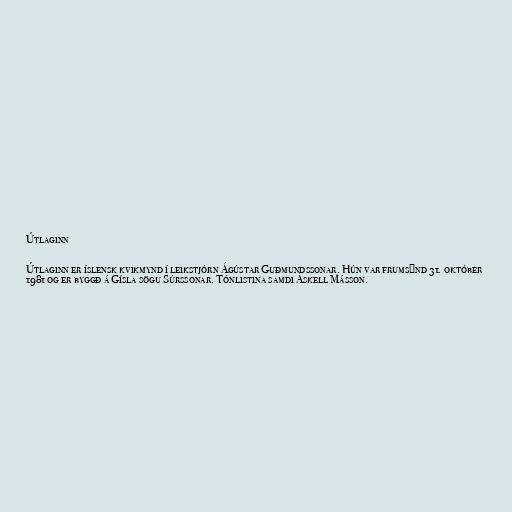
Útlaginn

Útlaginn er íslensk kvikmynd í leikstjórn Ágústar Guðmundssonar. Hún var frumsýnd 31. október
1981 og er byggð á Gísla sögu Súrssonar. Tónlistina samdi Áskell Másson.